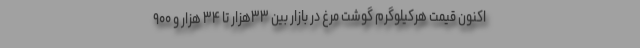
اکنون قیمت هرکیلوگرم گوشت مرغ در بازار بین ۳۳‌هزار تا ۳۴ هزار و ۹۰۰